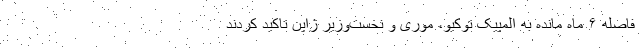
فاصله ۶ ماه مانده به المپیک توکیو، موری و نخست‌وزیر ژاپن تاکید کردند